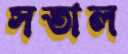
সতাল